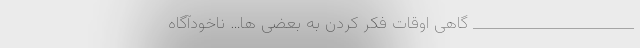
_______________________ گاهی اوقات فکر کردن به بعضی ها… ناخودآگاه